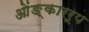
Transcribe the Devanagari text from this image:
ओंङ्काररूप